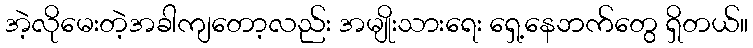
အဲ့လိုမေးတဲ့အခါကျတော့လည်း အမျိုးသားရေး ရှေ့နေဘက်တွေ ရှိတယ်။